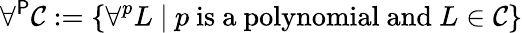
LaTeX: \forall^{\mathsf{P}}{\mathcal{C}}:=\left\{ \forall^{p}L\ |\ p{\mathrm{~is~a~polynomial~and~}}L\in{\mathcal{C}}\right\}